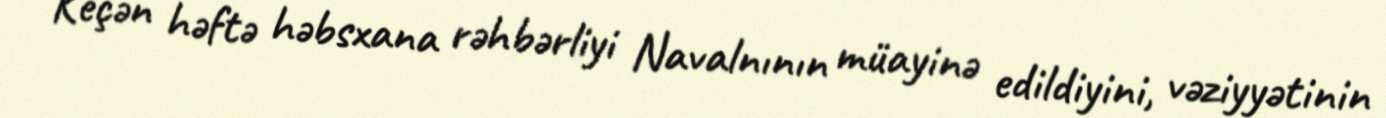
Keçən həftə həbsxana rəhbərliyi Navalnının müayinə edildiyini, vəziyyətinin